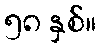
၅၈ နှစ်။